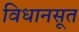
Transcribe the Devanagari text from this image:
विधानसूत